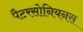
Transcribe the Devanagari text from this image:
पैटरसोनियनस